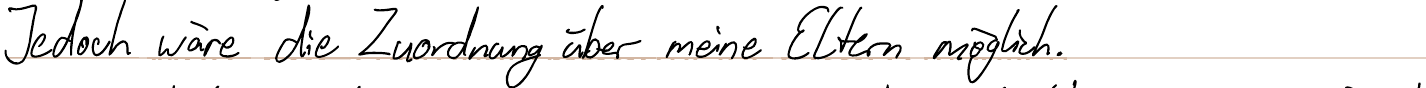
Jedoch wäre die Zuordnung über meine Eltern möglich.